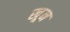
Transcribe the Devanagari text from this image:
खू़न